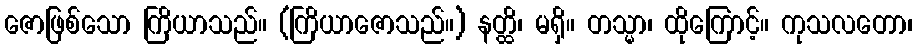
ဇောဖြစ်သော ကြိယာသည်။ (ကြိယာဇောသည်။) နတ္ထိ၊ မရှိ။ တသ္မာ၊ ထိုကြောင့်။ ကုသလတော၊